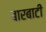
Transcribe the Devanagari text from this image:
बारबाटी